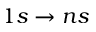
1 s \to n s